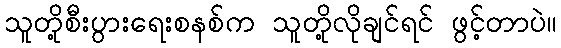
သူတို့စီးပွားရေးစနစ်က သူတို့လိုချင်ရင် ဖွင့်တာပဲ။